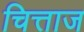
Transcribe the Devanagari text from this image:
चित्ताज